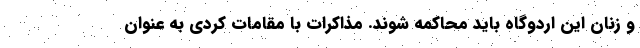
و زنان این اردوگاه باید محاکمه شوند. مذاکرات با مقامات کردی به عنوان